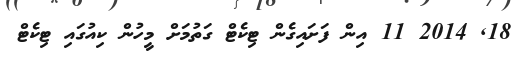
18